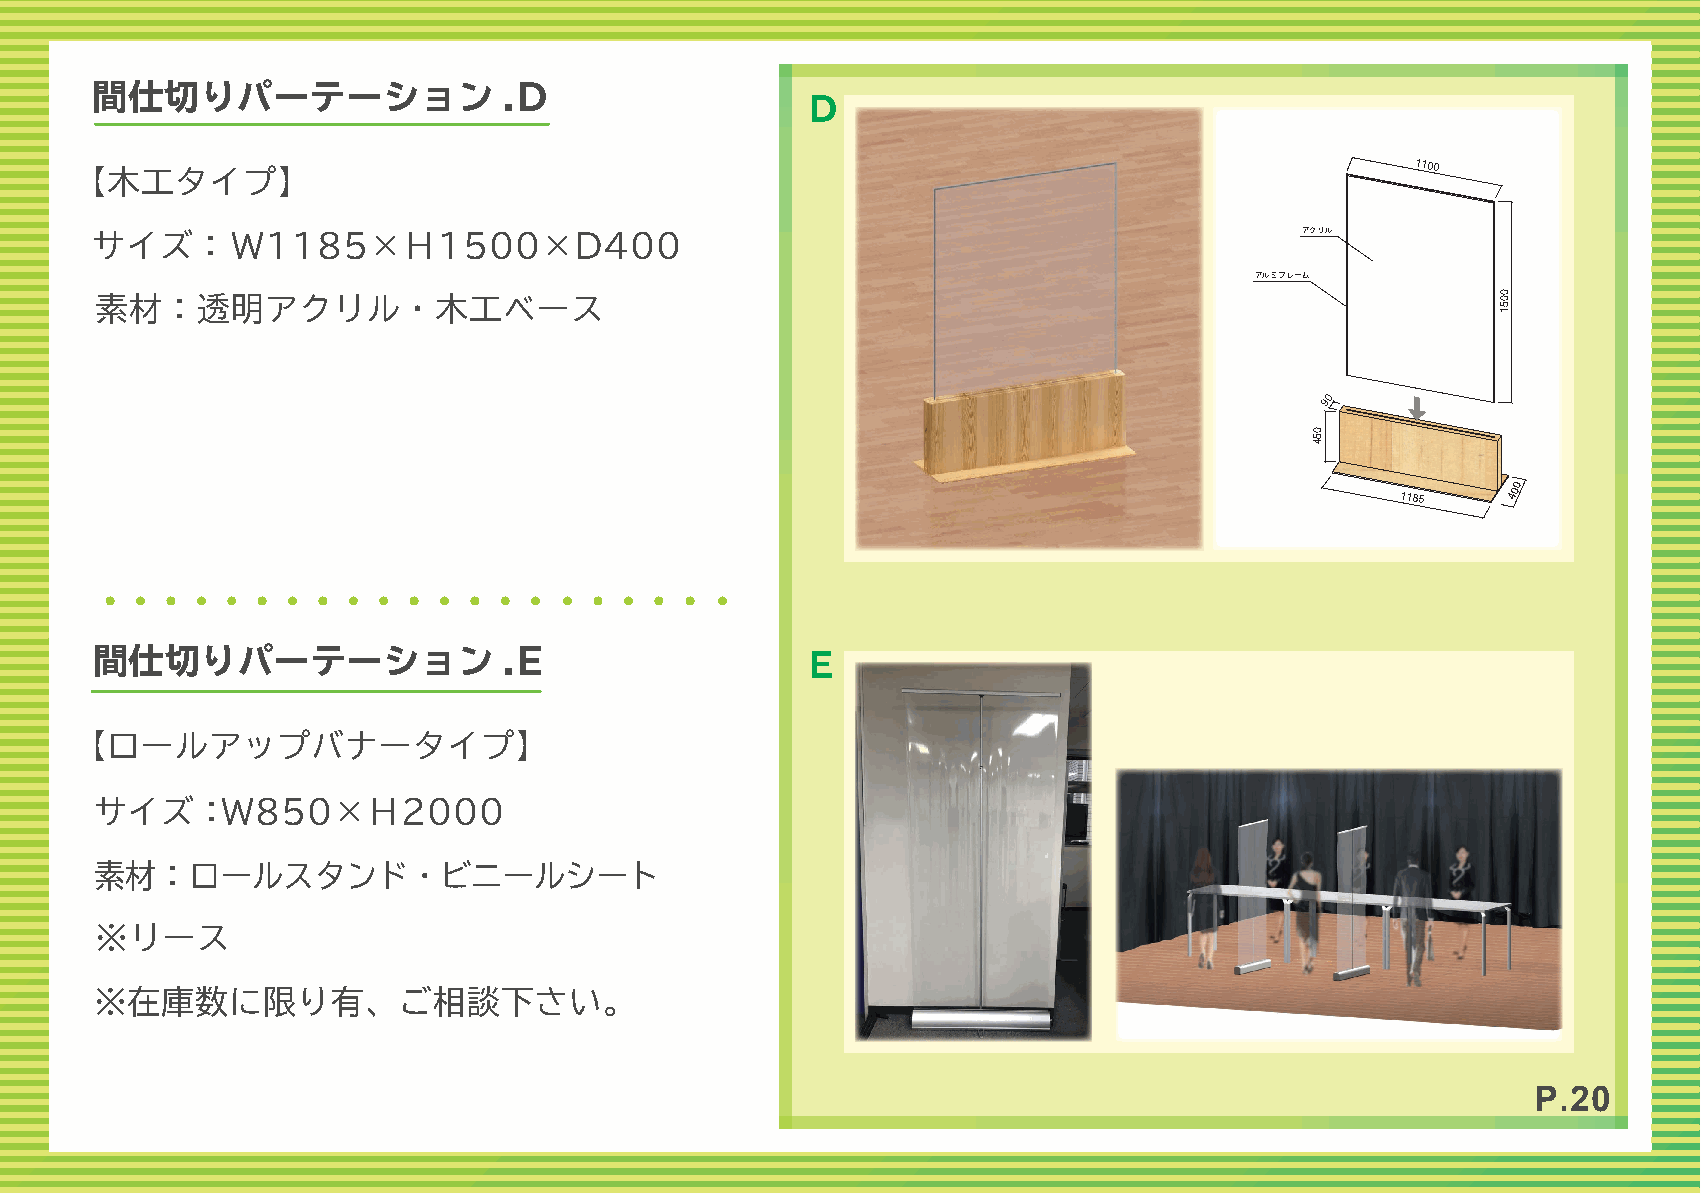
間仕切りパーテーション                .D
 D
 1100
 【木工タイプ】
 アクリル
 サイズ：     Ｗ1185×Ｈ1500×D400
 アルミフレーム
 素材：透明アクリル・木工ベース
 90
 1185
 400
 間仕切りパーテーション                .E                   E
 【ロールアップバナータイプ】
 サイズ：Ｗ850×Ｈ2000
 素材：ロールスタンド・ビニールシート
 ※リース
 ※在庫数に限り有、ご相談下さい。
 P.20
 054
 0051